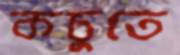
কচুতে